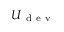
\boldsymbol { U } _ { \mathrm { ~ d ~ e ~ v ~ } }